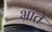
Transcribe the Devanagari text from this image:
भ्राते